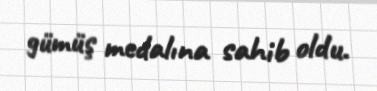
gümüş medalına sahib oldu.